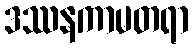
ဒဿနကာမတရာ